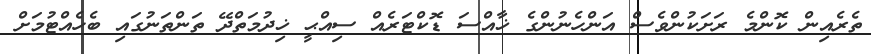
ތެރެއިން ކޮންމެ ރަށަކުންވެސް އަންހެނުންގެ ޚާއްސަ ޑޮކްޓަރެއް ސިއްޙީ ޚިދުމަތްދޭ ތަންތަނުގައި ބެހެއްޓުމަށް